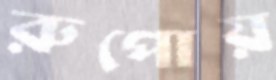
রুপোয়